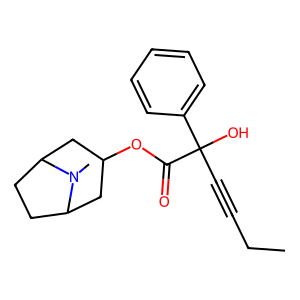
SMILES: CCC#CC(O)(C(=O)OC1CC2CCC(C1)N2C)c1ccccc1
Inhibits HIV replication: No